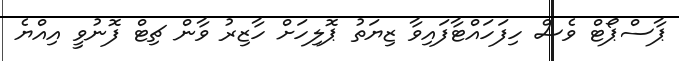
ޕާސްޕޯޓް ވެސް ހިފަހައްޓާފައިވާ ޒިޔަތު ޕޮލިހަށް ހާޒިރު ވާން ޗިޓް ފޮނުވީ އިއްޔެ